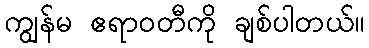
ကျွန်မ ဧရာဝတီကို ချစ်ပါတယ်။